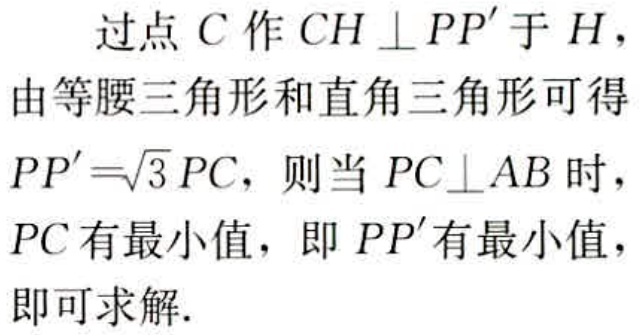
过点 \(C\) 作 \(CH\perp PP^{\prime}\) 于 \(H\)，
由等腰三角形和直角三角形可得
\(PP^{\prime}=\sqrt{3}PC\)，则当 \(PC\perp AB\) 时，
\(PC\) 有最小值，即 \(PP^{\prime}\) 有最小值，
即可求解.